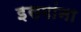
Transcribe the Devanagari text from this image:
इसमांना